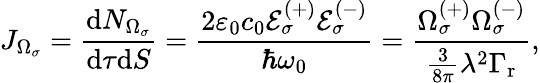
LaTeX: J_{\Omega_{\sigma}}=\frac{\mathrm{d}N_{\Omega_{\sigma}}}{\mathrm{d}\tau\mathrm{d}S}=\frac{2\varepsilon_{0}c_{0}\mathcal{E}_{\sigma}^{(+)}\mathcal{E}_{\sigma}^{(-)}}{\hbar\omega_{0}}=\frac{\Omega_{\sigma}^{(+)}\Omega_{\sigma}^{(-)}}{\frac{3}{8\pi}\lambda^{2}\Gamma_{\mathrm{r}}},